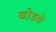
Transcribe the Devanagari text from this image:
खोडवे